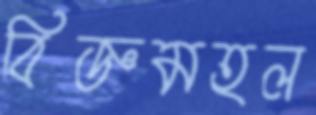
বিজ্ঞমহল